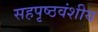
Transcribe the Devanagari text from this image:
सहपृष्ठवंशीय